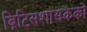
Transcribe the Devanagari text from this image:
ब्रिटिसशासकको